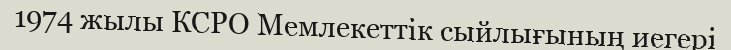
1974 жылы КСРО Мемлекеттік сыйлығының иегері